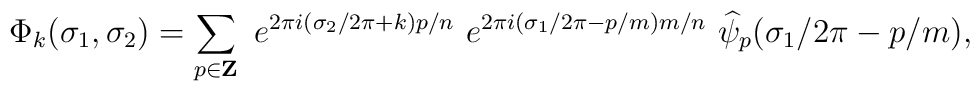
\Phi_k(\sigma_1,\sigma_2) = \sum_{p\in {\bf Z}}~e^{2\pi i  (\sigma_2/2\pi+k) p/n}~e^{2\pi i (\sigma_1/2\pi  -p/m)m/n}~\widehat{\psi}_p(\sigma_1/2\pi -p/m),